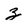
Character: z